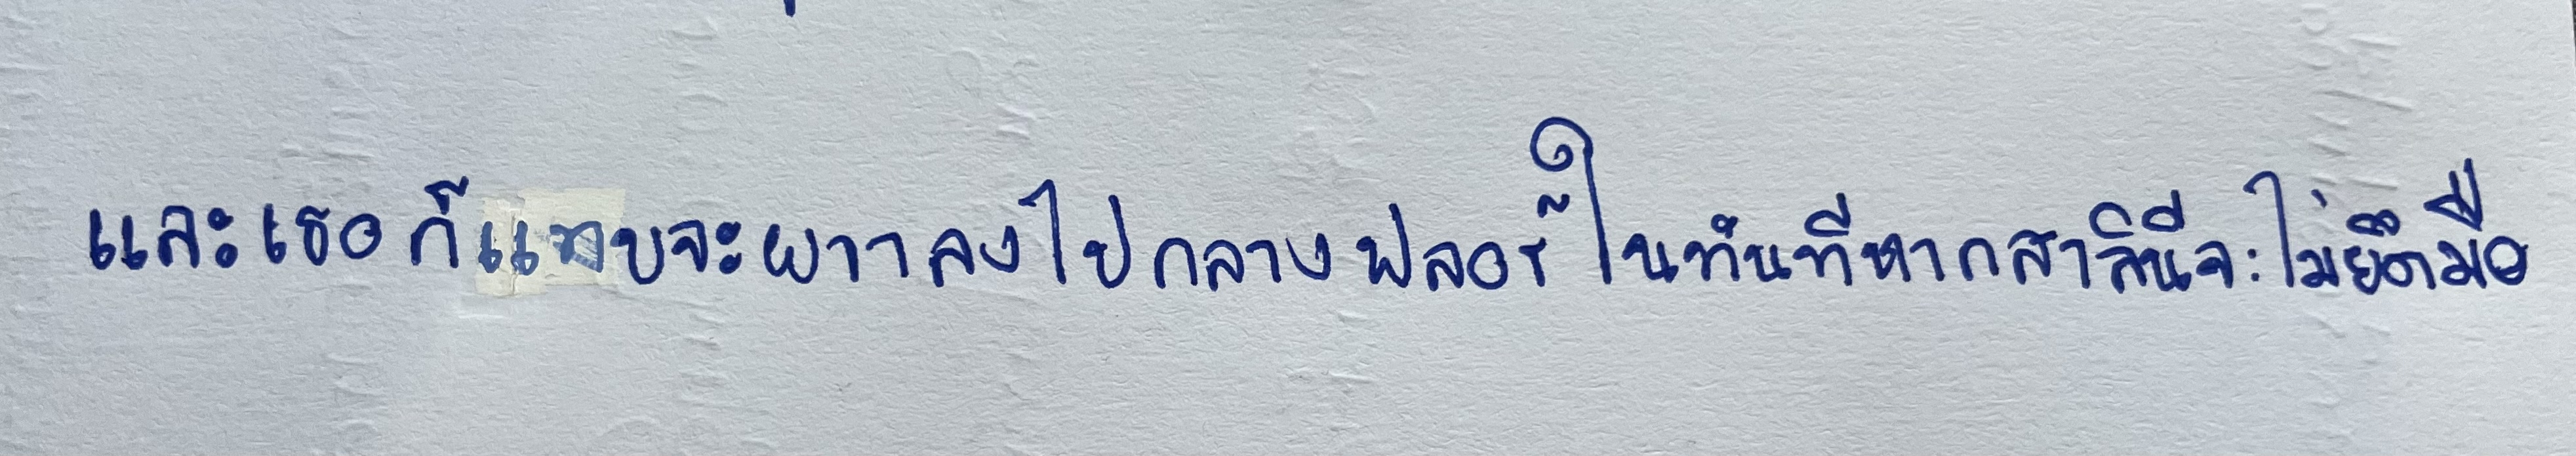
และเธอก็แทบจะผวาลงไปกลางฟลอร์ในทันทีหากสาลินีจะไม่ยึดมือ